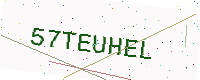
Text: 57TEUHEL